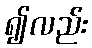
၍လည်း